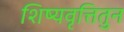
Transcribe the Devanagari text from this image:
शिष्यवृत्तितुन